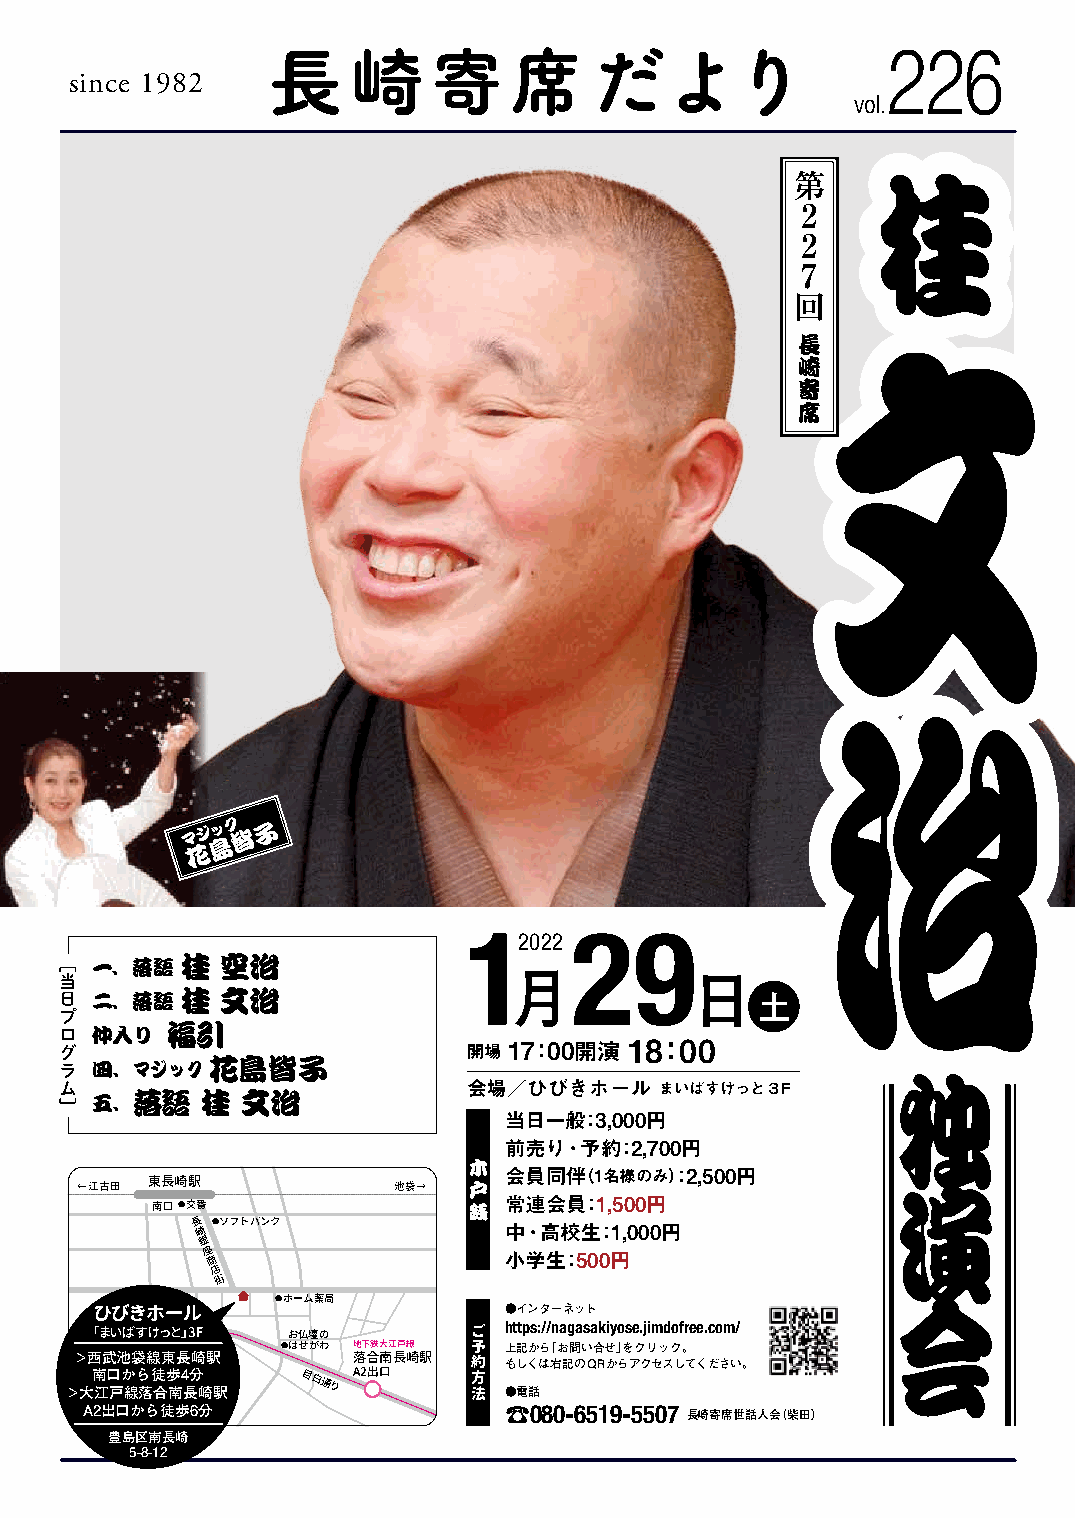
長崎寄席だより                                  226
 since 1982
 vol.
 桂桂
 第
 2
 2
 7
 回
 文文
 長
 崎
 寄
 席
 治治
 マジック
 皆
 子
 島
 花
 12022  29
 ［ 一、落語  桂  空治
 当
 日 二、落語  桂  文治                 月           日   土
 プ
 ロ 仲入り  福引
 グ                          開場 17：00開演 18：00
 ラ 四、マジック  花島皆子                                         独
 ム                          会場／ひびきホール    まいばすけっと３F
 ］ 五、落語   桂  文治
 当日一般：3,000円
 前売り･予約：2,700円
 木
 会員同伴（1名様のみ）：2,500円        演
 ←江古田 東長崎駅            池袋→  戸
 南口●交番                銭 常連会員：1,500円
 長 崎 ●ソフトバンク         中･高校生：1,000円
 銀
 座
 商                  小学生：500円
 店
 街
 会
 ●ホーム薬局
 ひびきホール                     ●インターネット
 「まいばすけっと」3F  お仏壇の        ご https://nagasakiyose.jimdofree.com/
 ●はせがわ 地下鉄大江戸線 予 上記から「お問い合せ」をクリック。
 >西武池袋線東長崎駅        落合南長崎駅  約
 もしくは右記のQRからアクセスしてください。
 >大南 江口 戸か 線ら 落徒 合歩 南4 長分
 崎駅
 目白通り A2出口  方
 法 ●電話
 A2出口から徒歩6分                 ☎080-6519-5507 長崎寄席世話人会（柴田）
 豊島区南長崎
 5-8-12